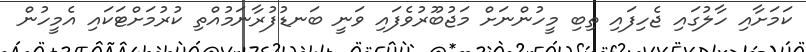
ކަމަށާއި ހާލުގައި ޖެހިފައި ތިބި މީހުންނަށް މަޖުބޫރުވެފައި ވަނީ ބަނޑުފުރާނަމުއްތި ކުރުމަށްޓަކައި އެމީހުން